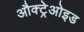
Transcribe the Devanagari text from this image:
औक्ट्रेओइड